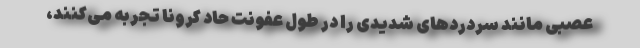
عصبی مانند سردردهای شدیدی را در طول عفونت حاد کرونا تجربه می‌کنند،